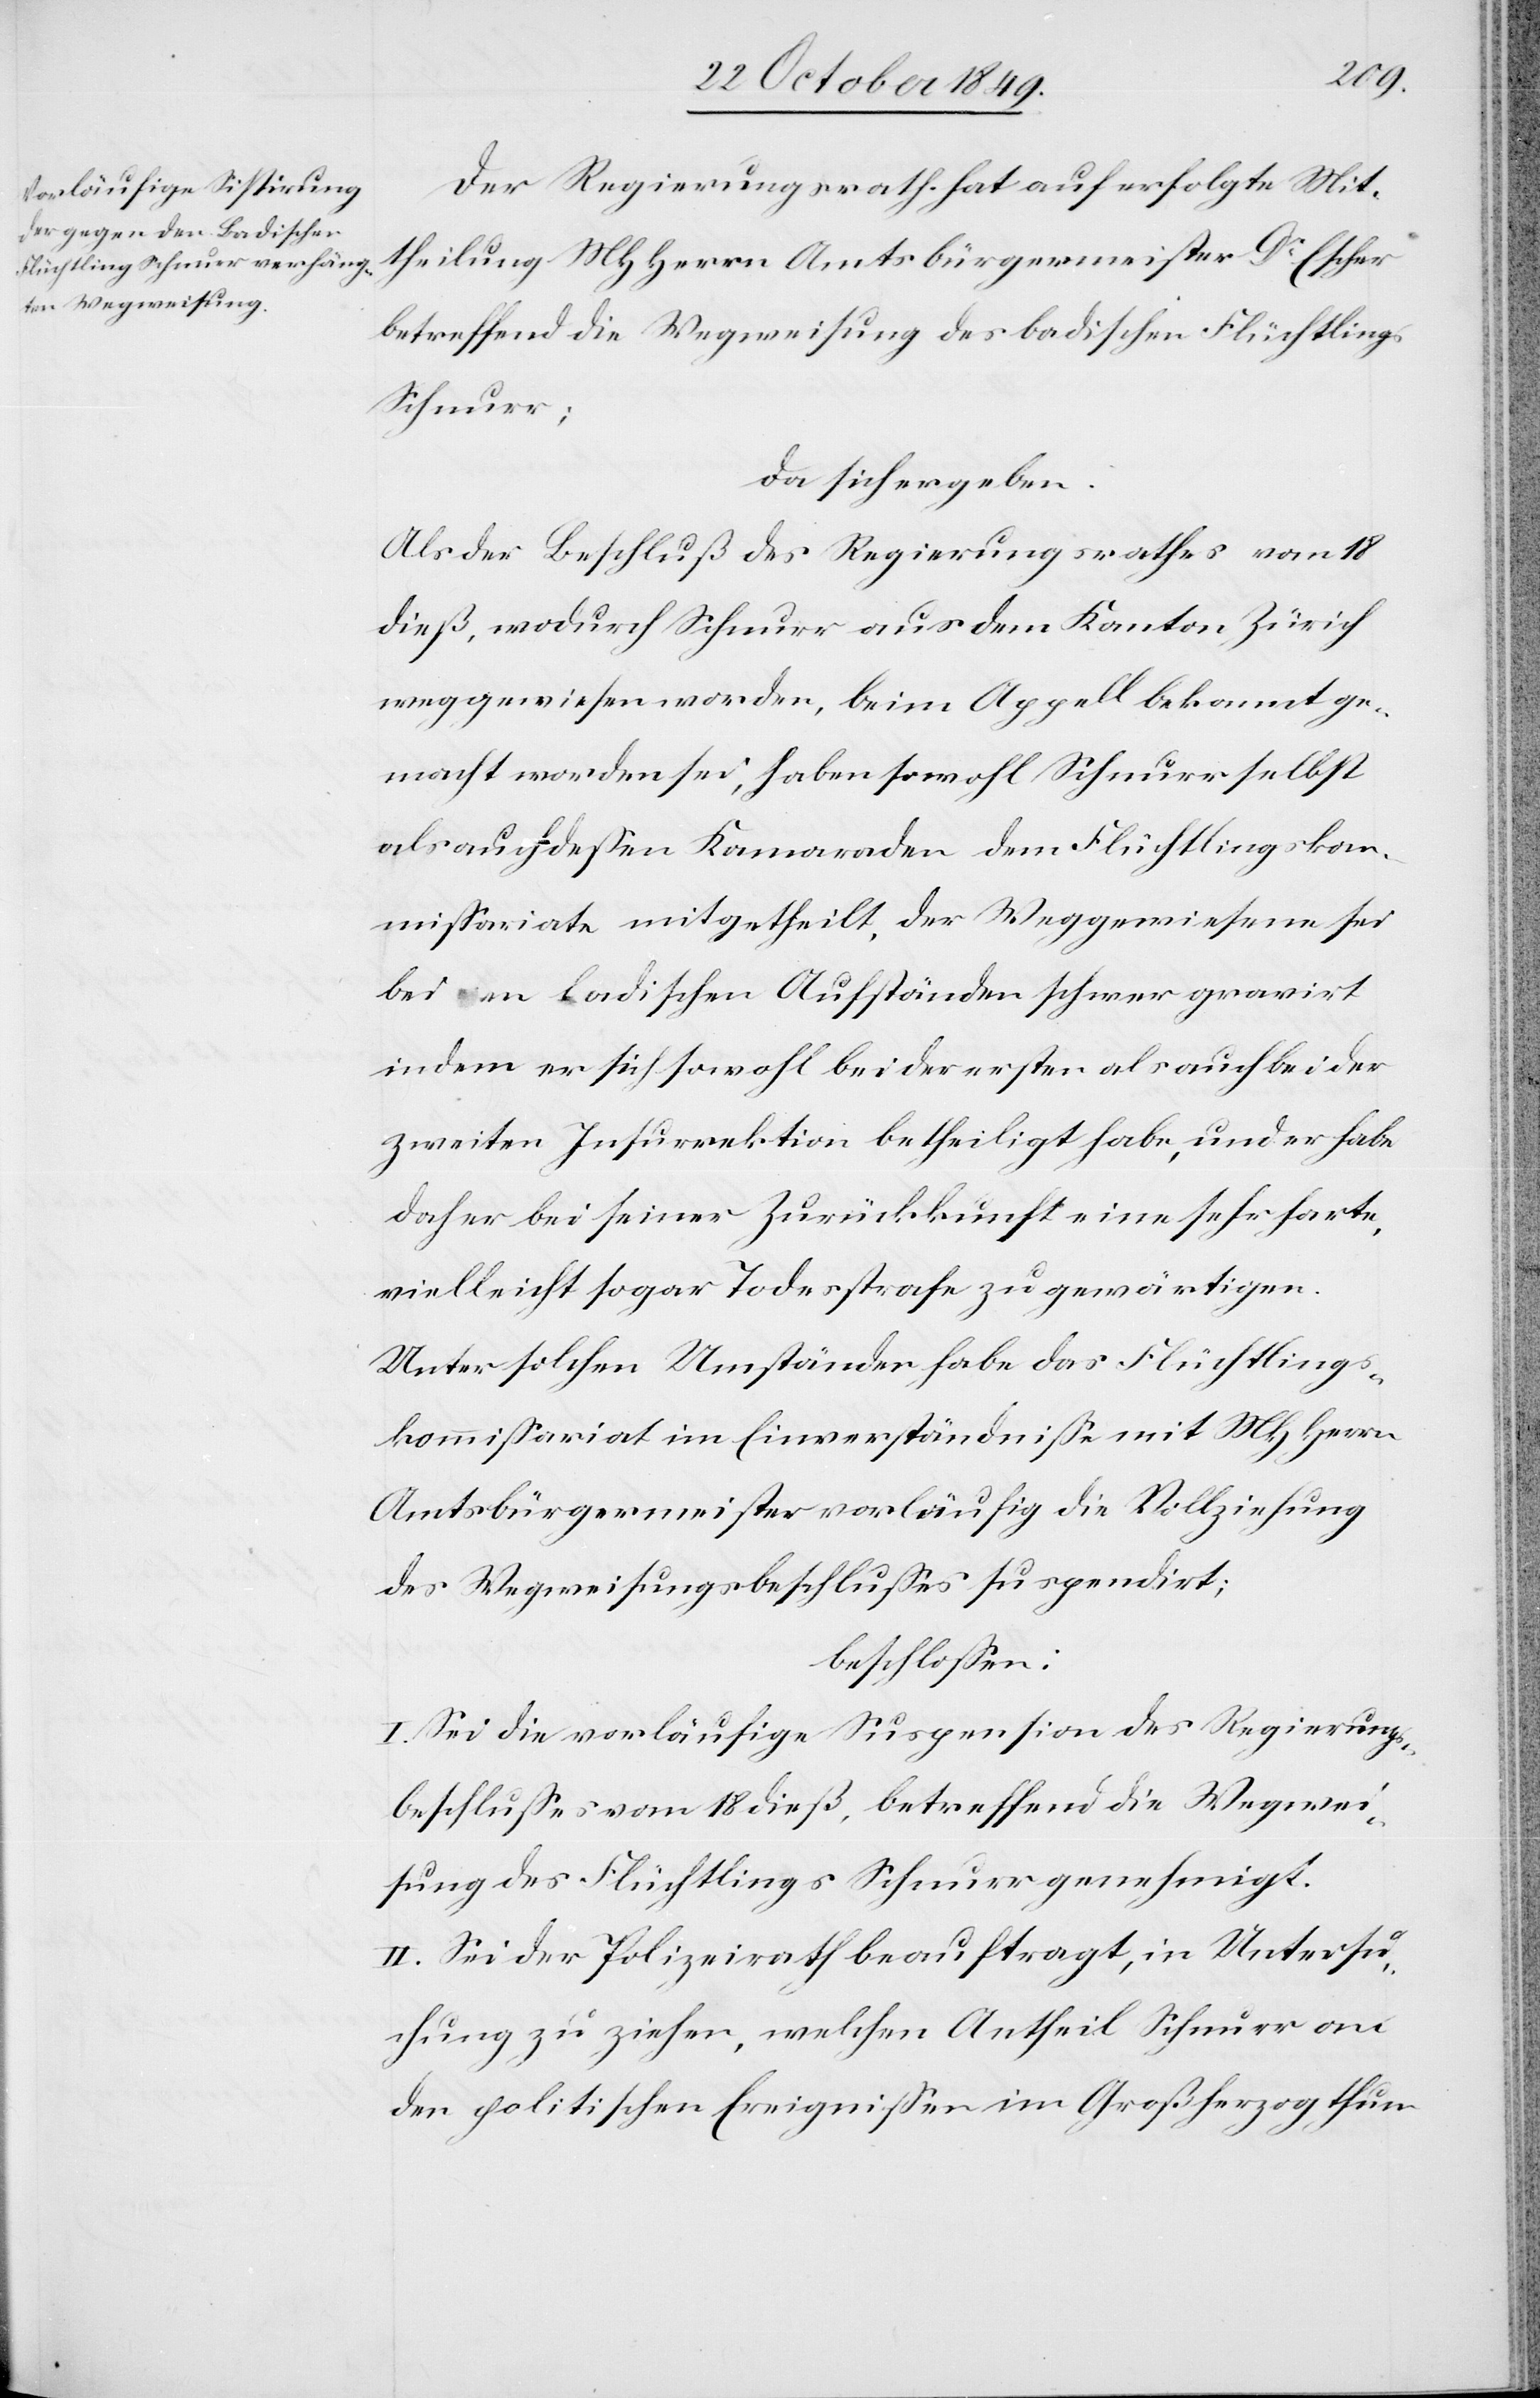
Der Regierungsrath hat auf erfolgte Mit¬
theilung MHHerrn Amtsbürgermeister Dr Escher
betreffend Wegweisung des badischen Flüchtlings
Schnurr;
da sich ergeben:
Als der Beschluß des Regierungsrathes vom 18
dieß, wodurch Schnurr aus dem Kanton Zürich
weggewiesen worden, beim Appell bekannt ge¬
macht worden sei, haben sowohl Schnurr selbst
als auch deßen Kameraden dem Flüchtlingskom¬
mißariate mitgetheilt, der Weggewiesene sei
bei den badischen Aufständen schwer gravirt
indem er sich sowohl bei der ersten als auch bei der
zweiten Insurrektion betheiligt habe, und er habe
daher bei seiner Zurückkunft eine sehr harte
vielleicht sogar Todesstrafe zu gewärtigen.
Unter solchen Umständen habe das Flüchtlings¬
kommißariat im Einverständniße mit MHHerrn
Amtsbürgermeister vorläufig die Vollziehung
des Wegweisungsbeschlußes suspendirt;
beschloßen:
I. Sei die vorläufige Suspension des Regierungs¬
beschlußes vom 18 dieß, betreffend Wegwei¬
sung des Flüchtlings Schnurr genehmigt.
II. Sei der Polizeirath beauftragt, in Untersu¬
chung zu ziehen, welchen Antheil Schnurr an
den politischen Ereignißen im Großherzogthum